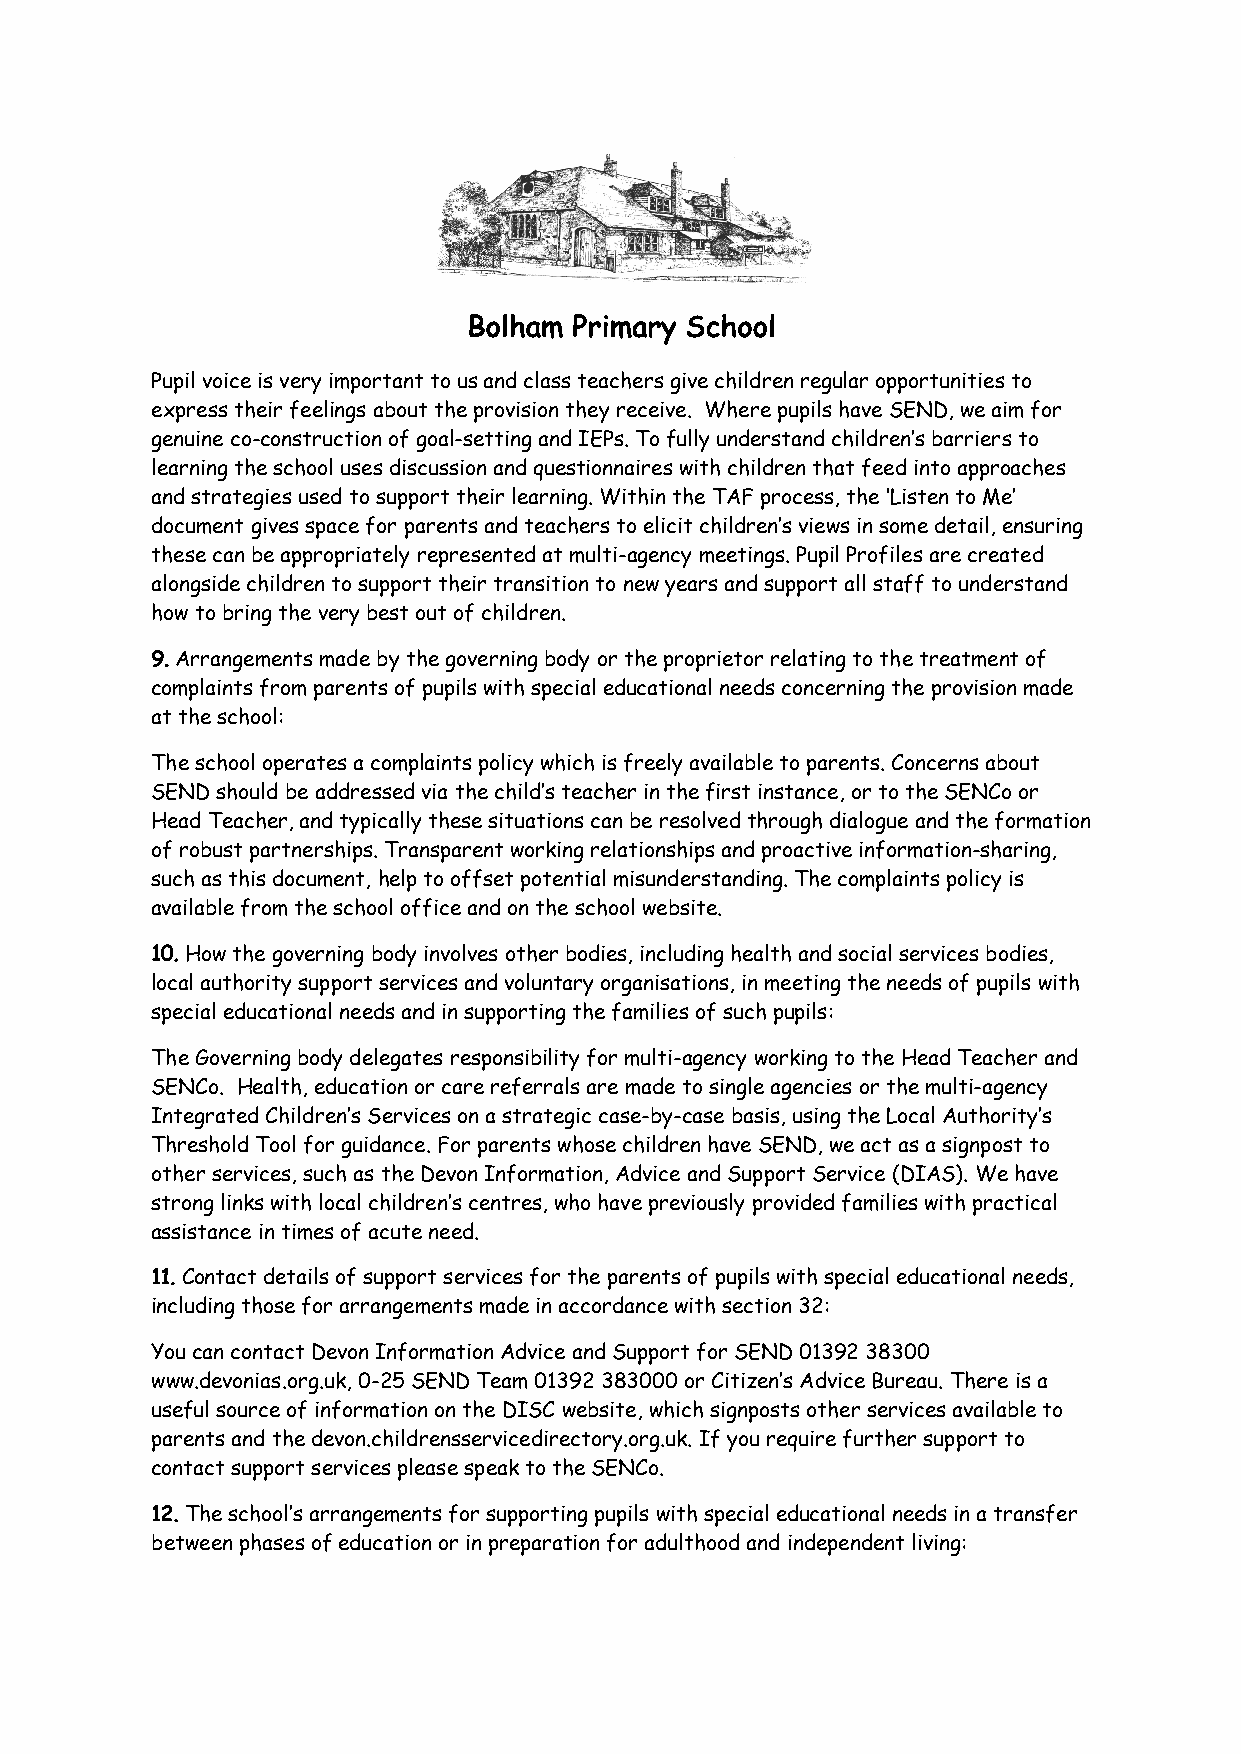
Bolham Primary School
 Pupil voice is very important to us and class teachers give children regular opportunities to
 express their feelings about the provision they receive. Where pupils have SEND, we aim for
 genuine co-construction of goal-setting and IEPs. To fully understand children’s barriers to
 learning the school uses discussion and questionnaires with children that feed into approaches
 and strategies used to support their learning. Within the TAF process, the ‘Listen to Me’
 document gives space for parents and teachers to elicit children’s views in some detail, ensuring
 these can be appropriately represented at multi-agency meetings. Pupil Profiles are created
 alongside children to support their transition to new years and support all staff to understand
 how to bring the very best out of children.
 9. Arrangements made by the governing body or the proprietor relating to the treatment of
 complaints from parents of pupils with special educational needs concerning the provision made
 at the school:
 The school operates a complaints policy which is freely available to parents. Concerns about
 SEND should be addressed via the child’s teacher in the first instance, or to the SENCo or
 Head Teacher, and typically these situations can be resolved through dialogue and the formation
 of robust partnerships. Transparent working relationships and proactive information-sharing,
 such as this document, help to offset potential misunderstanding. The complaints policy is
 available from the school office and on the school website.
 10. How the governing body involves other bodies, including health and social services bodies,
 local authority support services and voluntary organisations, in meeting the needs of pupils with
 special educational needs and in supporting the families of such pupils:
 The Governing body delegates responsibility for multi-agency working to the Head Teacher and
 SENCo. Health, education or care referrals are made to single agencies or the multi-agency
 Integrated Children’s Services on a strategic case-by-case basis, using the Local Authority’s
 Threshold Tool for guidance. For parents whose children have SEND, we act as a signpost to
 other services, such as the Devon Information, Advice and Support Service (DIAS). We have
 strong links with local children’s centres, who have previously provided families with practical
 assistance in times of acute need.
 11. Contact details of support services for the parents of pupils with special educational needs,
 including those for arrangements made in accordance with section 32:
 You can contact Devon Information Advice and Support for SEND 01392 38300
 www.devonias.org.uk, 0-25 SEND Team 01392 383000 or Citizen’s Advice Bureau. There is a
 useful source of information on the DISC website, which signposts other services available to
 parents and the devon.childrensservicedirectory.org.uk. If you require further support to
 contact support services please speak to the SENCo.
 12. The school’s arrangements for supporting pupils with special educational needs in a transfer
 between phases of education or in preparation for adulthood and independent living: